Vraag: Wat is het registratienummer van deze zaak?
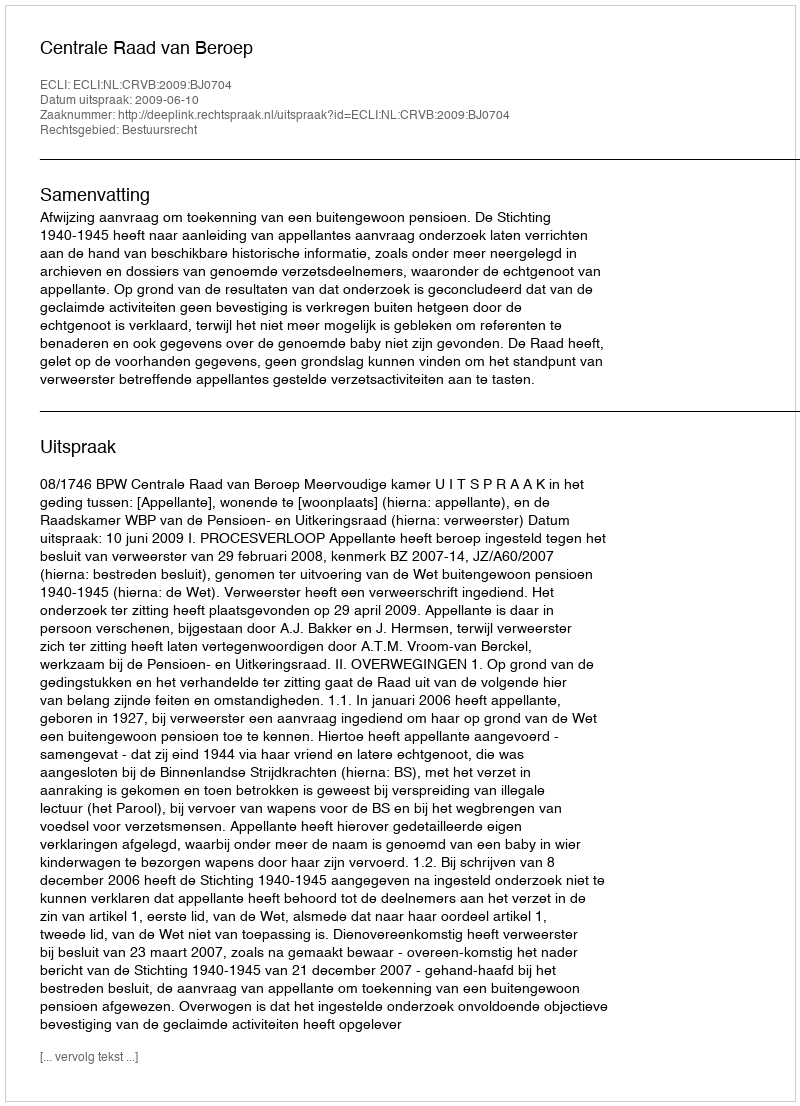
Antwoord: http://deeplink.rechtspraak.nl/uitspraak?id=ECLI:NL:CRVB:2009:BJ0704